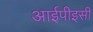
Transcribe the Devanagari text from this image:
आईपीइसी